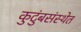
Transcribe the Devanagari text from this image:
कुटुंबसंस्थेत